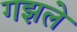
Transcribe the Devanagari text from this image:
गझले